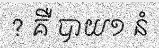
? គឺ បាយ១ នំ